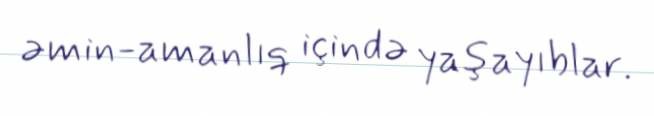
əmin-amanlıq içində yaşayıblar.